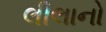
લીલાનો